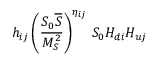
h _ { i j } \left( \frac { S _ { 0 } { \overline { { S } } } } { M _ { S } ^ { 2 } } \right) ^ { \eta _ { i j } } \, S _ { 0 } H _ { d i } H _ { u j }